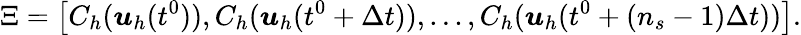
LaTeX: \Xi=\left[C_{h}(\boldsymbol{u}_{h}(t^{0})),C_{h}(\boldsymbol{u}_{h}(t^{0}+\Delta t)),...,C_{h}(\boldsymbol{u}_{h}(t^{0}+(n_{s}-1)\Delta t))\right].